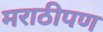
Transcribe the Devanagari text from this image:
मराठीपण